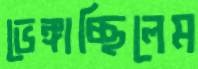
ভেঙ্গাচ্ছিলেম